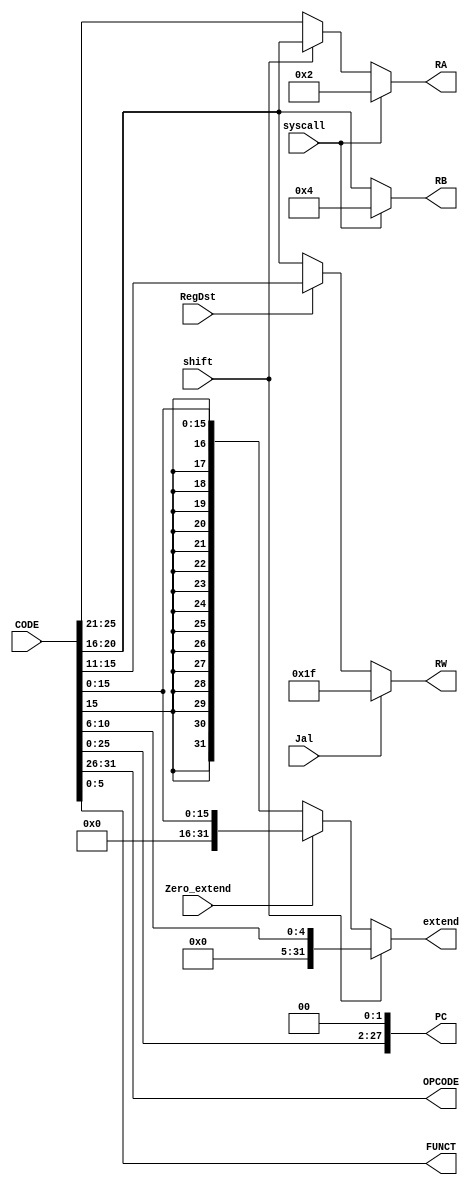
`timescale 1ns / 1ps
//////////////////////////////////////////////////////////////////////////////////
// Company: 
// Engineer: 
// 
// Design Name: 
// Module Name: Decoder
// Project Name: 
// Target Devices: 
// Tool Versions: 
// Description: 
// 
// Dependencies: 
// 
// Revision:
// Revision 0.01 - File Created
// Additional Comments:
// 
//////////////////////////////////////////////////////////////////////////////////


module DECODER(
	input [31:0]CODE,
	input shift,
	input syscall,
	input RegDst,
	input Jal,
	input Zero_extend,

	output reg [27:0] PC,
	output reg [5:0] OPCODE,
	output reg [5:0] FUNCT,
	output reg [4:0] RA,
	output reg [4:0] RB,
	output reg [4:0] RW,
	output reg [31:0] extend
    );

	reg [5:0]temp;
	reg [31:0]temp2;
	/*
	writer : XQ
	input CODE 
	input shift 
	input syscall syscall
	input RegDst 
	input Jal 
	input Zero_extend 0
	output PC 
	output OPCODE [31:26]6
	output FUNC [5:0]6
	output RA 
	output RB 
	output RW 
	output extend 
	*/
	initial begin
		PC <= 0;
		OPCODE <= 0;
		FUNCT <= 0;
		RA <= 0;
		RB <= 0;
		RW <= 0;
		extend <= 0;
		temp <= 0;
	end
    
	always @(*) begin
		// PCCODE260
		PC <= { CODE[25 :0], 2'b0};

		OPCODE <= CODE[31:26];
		FUNCT <= CODE[5:0];

		//RA 
		temp = (shift == 0) ? CODE[25:21] : CODE[20:16];
		RA = (syscall == 0) ? temp : 5'b00010;

		//RB 
		RB = (syscall == 0) ? CODE[20:16] : 5'b00100;

        //RW 
        temp = (RegDst == 0) ? CODE[20:16] : CODE[15:11];
        RW = (Jal == 0) ? temp : 5'b11111;

        //extend 
        temp2 = (Zero_extend == 0) ? {{16{CODE[15]}}, CODE[15:0]} : {16'b0000_0000_0000_0000, CODE[15:0]};
        extend = (shift == 0) ? temp2 : {28'b00_0000_0000_0000_0000_0000_0000, CODE[10:6]};
	end
endmodule